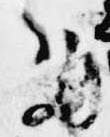
歟